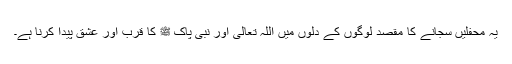
یہ محفلیں سجانے کا مقصد لوگوں کے دلوں میں اللہ تعالیٰ اور نبی پاک ﷺ کا قرب اور عشق پیدا کرنا ہے۔